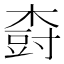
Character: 𱣾